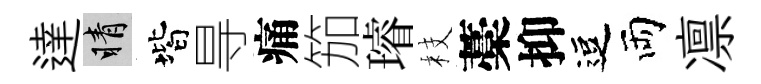
達睛階㝵痛笳璿枝藁抑逗両凛